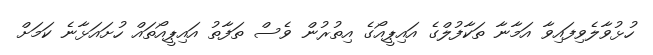
ހުޅުވާލެވިފައިވާ އަމާނާ ތަކާފުލްގެ އައިޕީއޯގެ އިތުރުން ވެސް ތަފާތު އައިޕީއޯތައް ހުށައަޅާނެ ކަމަށް